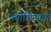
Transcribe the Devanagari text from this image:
ज्योर्जिआना